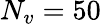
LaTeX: N_{v}=50